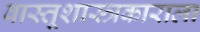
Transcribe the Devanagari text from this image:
वास्तूशास्त्रकाराला